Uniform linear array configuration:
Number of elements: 16
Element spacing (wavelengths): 0.5
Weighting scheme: cosine
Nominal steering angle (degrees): -15
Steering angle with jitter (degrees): -14.734
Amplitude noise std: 0.05
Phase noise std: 0.05

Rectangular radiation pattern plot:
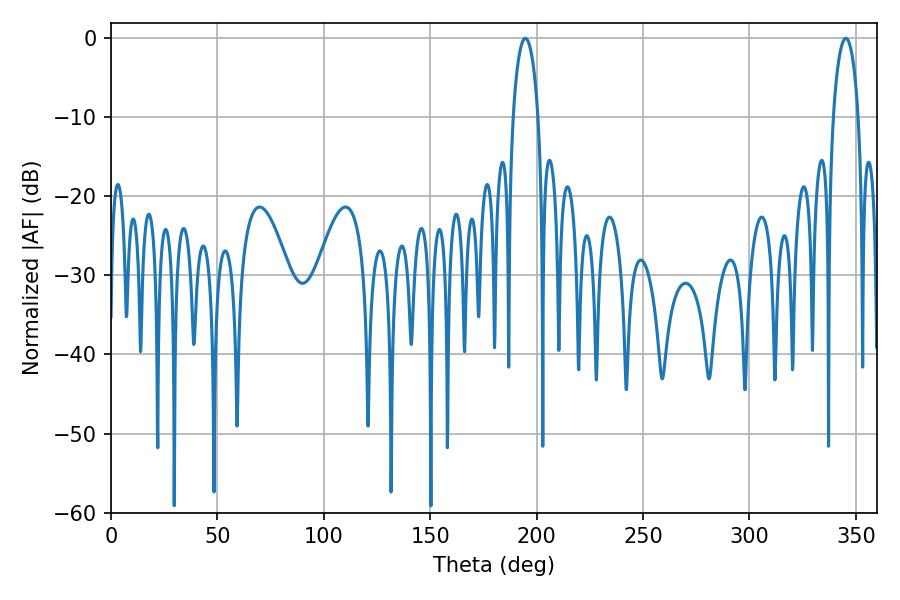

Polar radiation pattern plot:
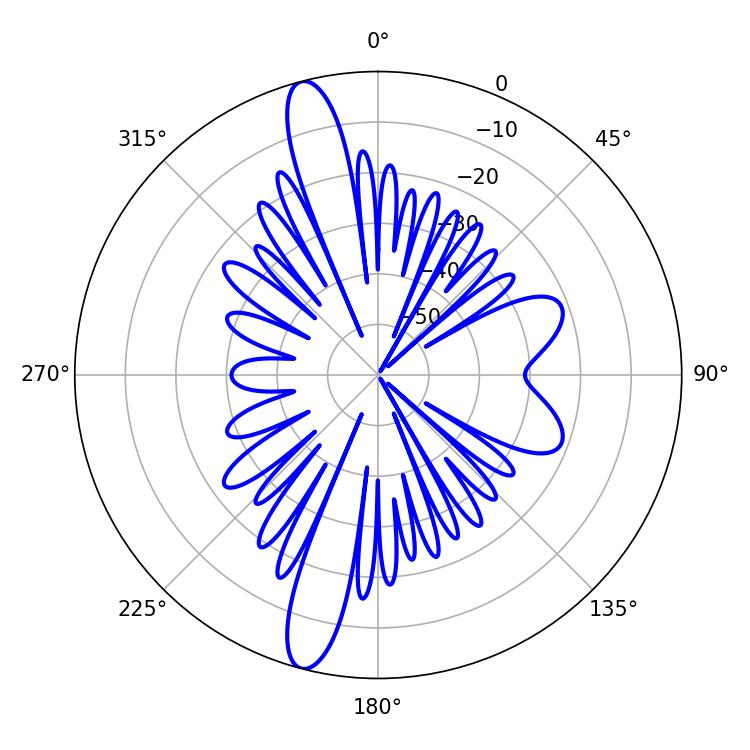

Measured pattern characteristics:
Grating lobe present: FALSE
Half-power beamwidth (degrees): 6.66
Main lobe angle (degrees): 194.76